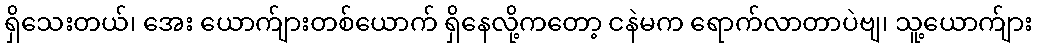
ရှိသေးတယ်၊ အေး ယောက်ျားတစ်ယောက် ရှိနေလို့ကတော့ ငနဲမက ရောက်လာတာပဲဗျ၊ သူ့ယောက်ျား